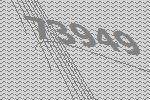
73949